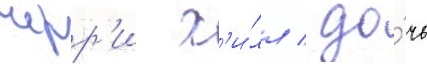
черр'и х'и́лл / до́чь